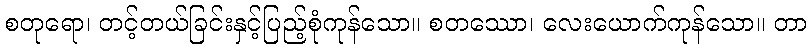
စတုရော၊ တင့်တယ်ခြင်းနှင့်ပြည့်စုံကုန်သော။ စတဿော၊ လေးယောက်ကုန်သော။ တာ